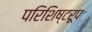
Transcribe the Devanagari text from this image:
परिशिष्टरूप